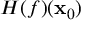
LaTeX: H ( f ) ( \mathbf { x } _ { 0 } )